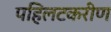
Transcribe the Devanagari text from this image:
पहिलटकरीण